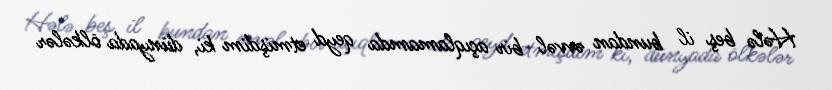
Hələ beş il bundan əvvəl bir açıqlamamda qeyd etmişdim ki, dünyada ölkələr